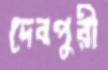
দেবপুরী